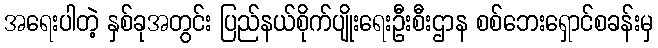
အရေးပါတဲ့ နှစ်ခုအတွင်း ပြည်နယ်စိုက်ပျိုးရေးဦးစီးဌာန စစ်ဘေးရှောင်စခန်းမှ